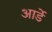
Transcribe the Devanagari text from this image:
आर्डे